Preparation of a safe and efficient antirabic vaccine - Number 44
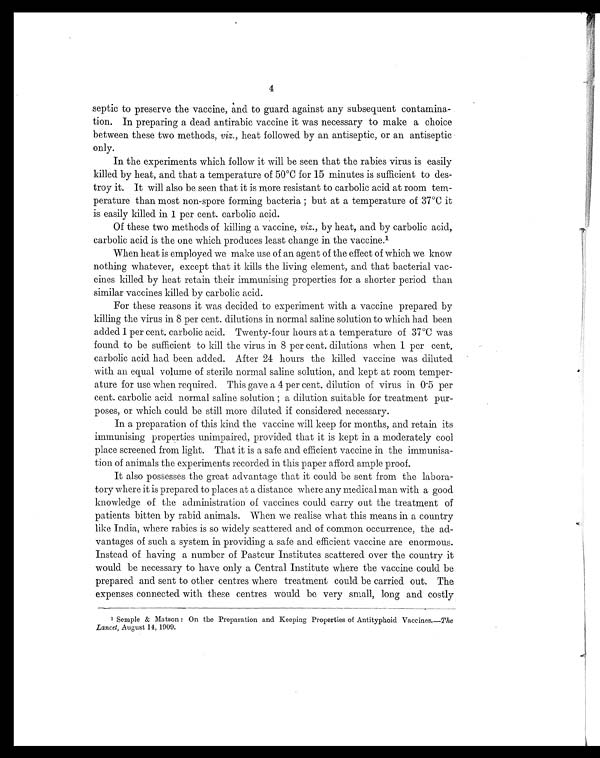
4
septic to preserve the vaccine, and to guard against any subsequent contamina-
tion. In preparing a dead antirabic vaccine it was necessary to make a choice
between these two methods, viz., heat followed by an antiseptic, or an antiseptic
only.
In the experiments which follow it will be seen that the rabies virus is easily
killed by heat, and that a temperature of 50°C for 15 minutes is sufficient to des-
troy it. It will also be seen that it is more resistant to carbolic acid at room tem-
perature than most non-spore forming bacteria ; but at a temperature of 37°C it
is easily killed in 1 per cent. carbolic acid.
Of these two methods of killing a vaccine, viz., by heat, and by carbolic acid,
carbolic acid is the one which produces least change in the vaccine. 1
When heat is employed we make use of an agent of the effect of which we know
nothing whatever, except that it kills the living element, and that bacterial vac-
cines killed by heat retain their immunising properties for a shorter period than
similar vaccines killed by carbolic acid.
For these reasons it was decided to experiment with a vaccine prepared by
killing the virus in 8 per cent. dilutions in normal saline solution to which had been
added 1 per cent. carbolic acid. Twenty-four hours at a temperature of 37°C was
found to be sufficient to kill the virus in 8 per cent, dilutions when 1 per cent.
carbolic acid had been added. After 24 hours the killed vaccine was diluted
with an equal volume of sterile normal saline solution, and kept at room temper-
ature for use when required. This gave a 4 per cent. dilution of virus in 0.5 per
cent. carbolic acid normal saline solution a dilution suitable for treatment pur-
poses, or which could be still more diluted if considered necessary.
In a preparation of this kind the vaccine will keep for months, and retain its
immunising properties unimpaired, provided that it is kept in a moderately cool
place screened from light. That it is a safe and efficient vaccine in the immunisa-
tion of animals the experiments recorded in this paper afford ample proof.
It also possesses the great advantage that it could be sent from the labora-
tory where it is prepared to places at a distance where any medical man with a good
knowledge of the administration of vaccines could carry out the treatment of
patients bitten by rabid animals. When we realise what this means in a country
like India, where rabies is so widely scattered and of common occurrence, the ad-
vantages of such a system in providing a safe and efficient vaccine are enormous.
Instead of having a number of Pasteur Institutes scattered over the country it
would be necessary to have only a Central Institute where the vaccine could be
prepared and sent to other centres where treatment could be carried out. The
expenses connected with these centres would be very small, long and costly
Semple & Matson : On the Preparation and Keeping Properties of Antityphoid Vaccines.— The
Lancet, August 14, 1909.